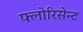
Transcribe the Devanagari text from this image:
फ्लोरिसेन्ट